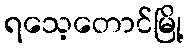
ရသေ့တောင်မြို့